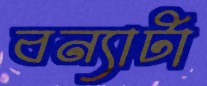
বন্যাটা